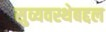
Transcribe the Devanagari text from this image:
सुव्यवस्थेबद्दल